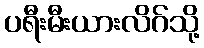
ပရီးမီးယားလိဂ်သို့